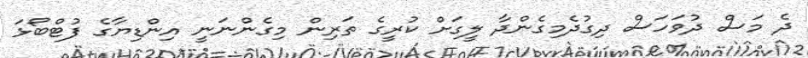
ދެ މަސް ދުވަހަސް ދިގުދެމިގެންދާ ލީގަށް ކުރީގެ ތަރިން މިގެންނަނީ އިންޑިޔާގެ ފުޓްބޯޅަ